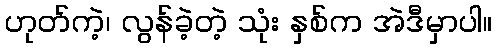
ဟုတ်ကဲ့၊ လွန်ခဲ့တဲ့ သုံး နှစ်က အဲဒီမှာပါ။